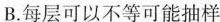
B.每层可以不等可能抽样